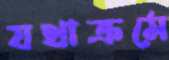
যথাক্রমে